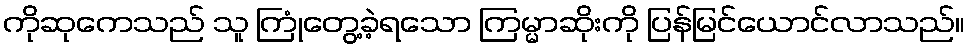
ကိုဆုကေသည် သူ ကြုံတွေ့ခဲ့ရသော ကြမ္မာဆိုးကို ပြန်မြင်ယောင်လာသည်။